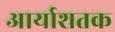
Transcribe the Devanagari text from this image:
आर्याशतक